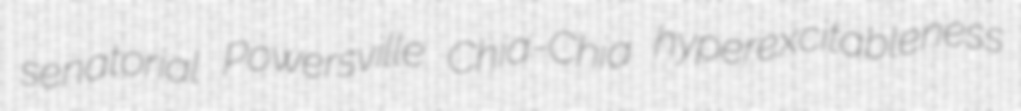
senatorial Powersville Chia-Chia hyperexcitableness